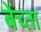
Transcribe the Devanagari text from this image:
बेंच्ता